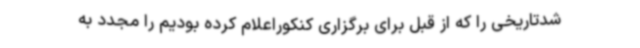
شدتاریخی را که از قبل برای برگزاری کنکوراعلام کرده بودیم را مجدد به